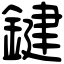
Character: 鍵